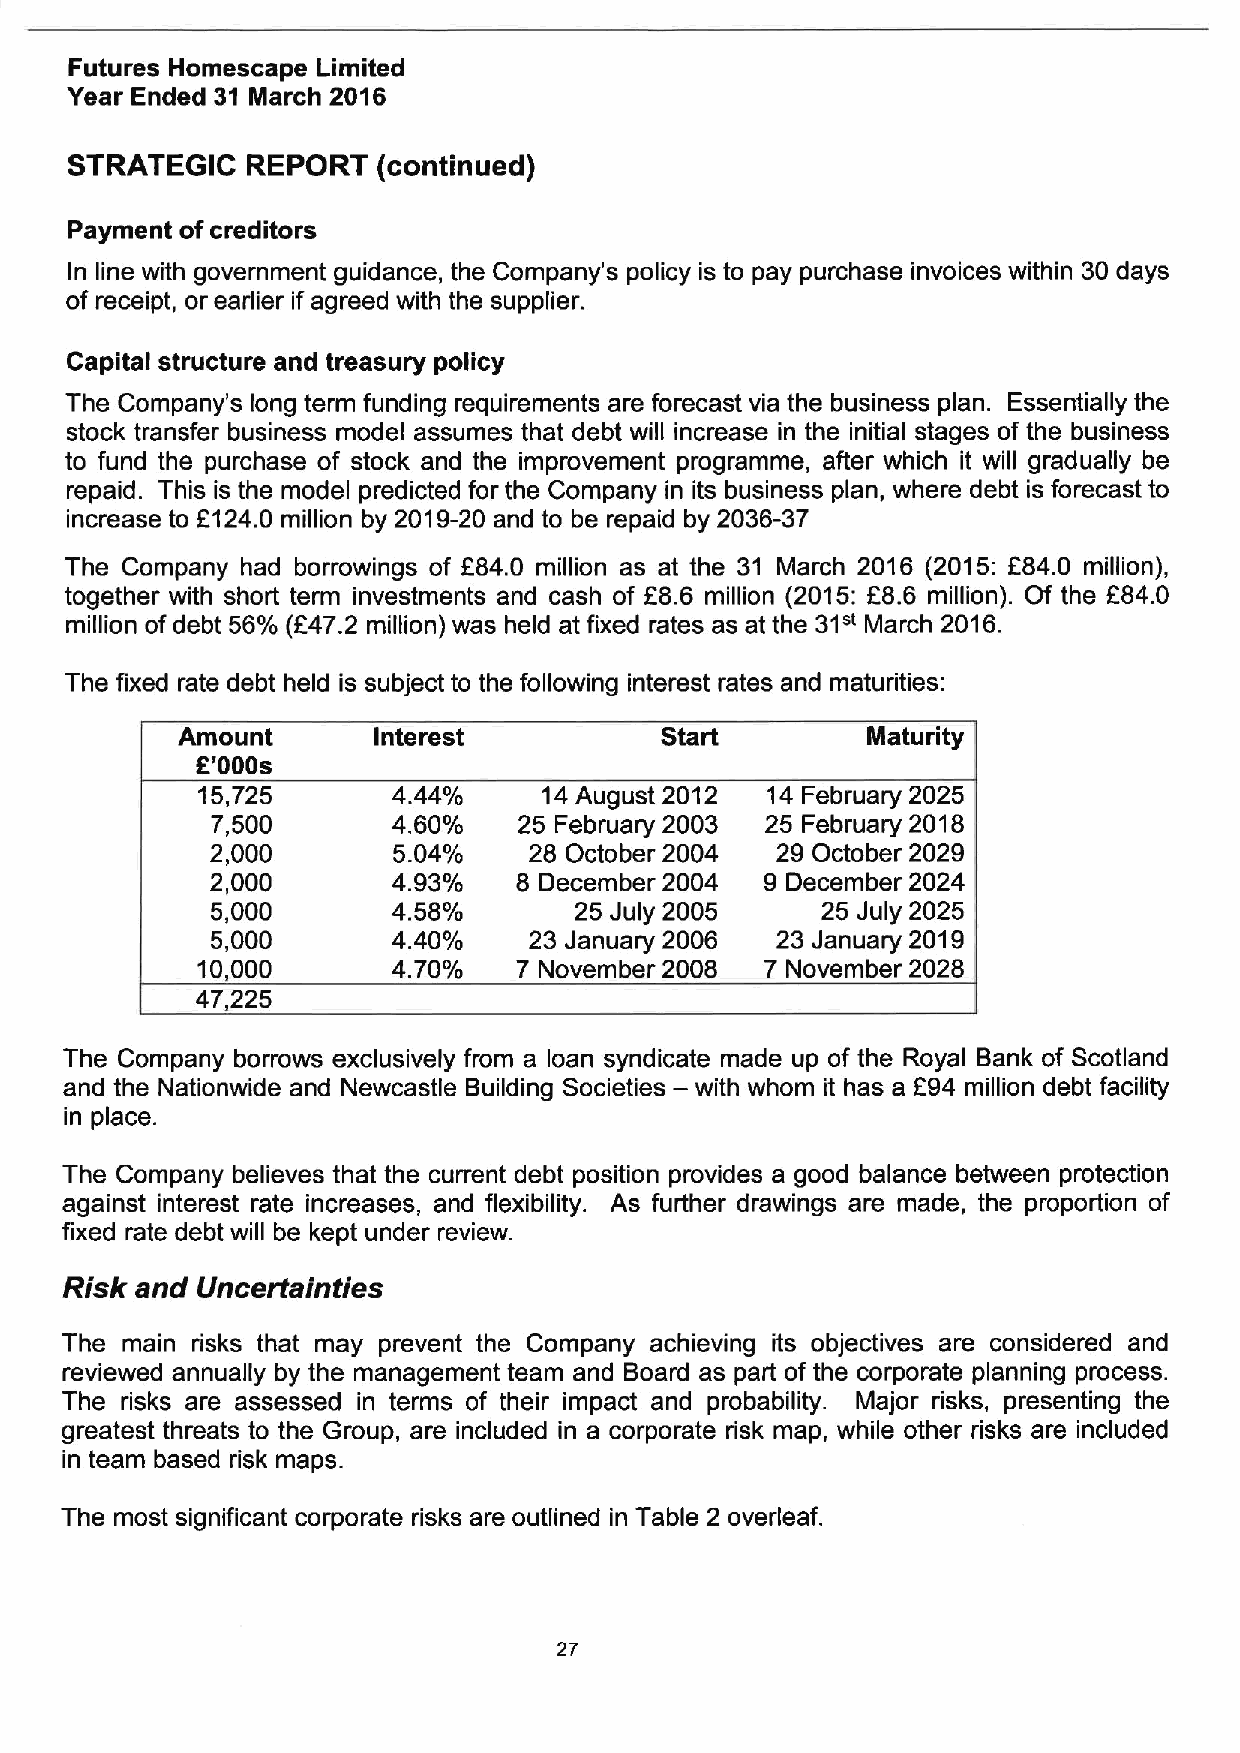
Futures Homescape Limited
 Year Ended 31 March 2016
 STRATEGIC   REPORT   (continued)
 Payment ofcreditors
 In line with government guidance, the Company's policy is to pay purchase invoices within 30 days
 of receipt, or earlier if agreed with the supplier.
 Capital structure and treasury policy
 The Company's long term funding requirements are forecast via the business plan. Essentially the
 stock transfer business model assumes that debt will increase in the initial stages of the business
 to fund the purchase of stock and the improvement programme, after which it will gradually be
 repaid. This is the model predicted for the Company in its business plan, where debt is forecast to
 increase to F124.0 million by 2019-20 and to be repaid by 2036-37
 The Company had borrowings of f84.0 million as at the 31 March 2016 (2015: L84.0 million),
 together with short term investments and cash of L'8.6 million (2015:FG.G million). Of the F84.0
 31"
 million ofdebt 56%(647.2 million) was held at fixed rates as at the March 2016.
 The fixed rate debt held is subject to the following interest rates and maturities:
 Amount       Interest           Start        Maturity
 R'000s
 15,725       4.44%     14August 2012  14 February 2025
 7,500       4 60%   25 February 2003 25 February 2018
 2,000       5.04%    28 October 2004 29 October 2029
 2,000       4.93%   8 December 2004  9 December 2024
 5,000       4 58%       25 July 2005    25 July 2025
 5,000       4.40%    23 January 2006 23 January 2019
 10,000       4.70%   7 November 2008  7 November 2028
 47,225
 The Company borrows exclusively from a loan syndicate made up of the Royal Bank of Scotland
 —
 and the Nationwide and Newcastle Building Societies with whom it has a 894 million debt facility
 in place.
 The Company believes that the current debt position provides a good balance between protection
 against interest rate increases, and flexibility. As further drawings are made, the proportion of
 fixed rate debt will be kept under review.
 Risk and Uncertainties
 The main risks that may prevent the Company achieving its objectives are considered and
 reviewed annually by the management team and Board as part of the corporate planning process.
 The risks are assessed in terms of their impact and probability. Major risks, presenting the
 greatest threats to the Group, are included in a corporate risk map, while other risks are included
 in team based risk maps.
 The most significant corporate risks are outlined in Table 2 overleaf.
 27